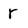
Character: r